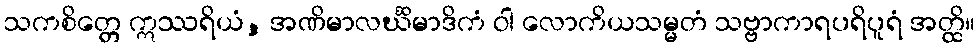
သကစိတ္တေ ဣဿရိယံ, အဏိမာလင်္ဃိမာဒိကံ ဝါ လောကိယသမ္မတံ သဗ္ဗာကာရပရိပူရံ အတ္ထိ။